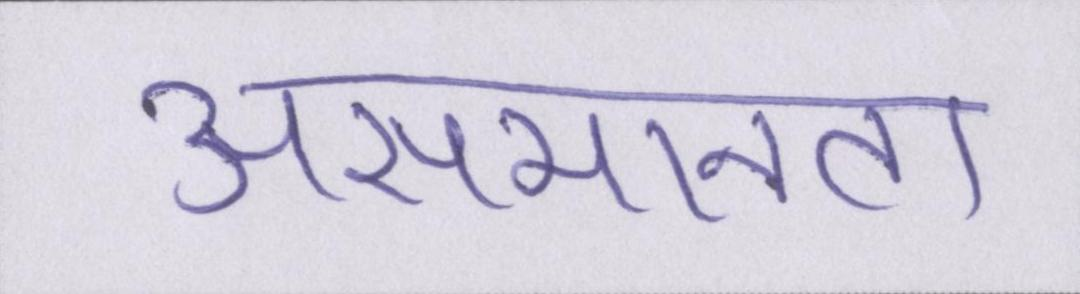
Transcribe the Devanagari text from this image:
असमानता